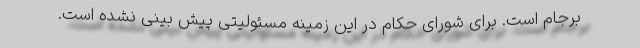
برجام است. برای شورای حکام در این زمینه مسئولیتی پیش بینی نشده است.